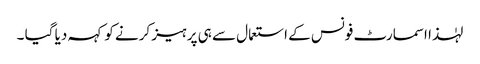
لہٰذا اسمارٹ فونس کے استعمال سے ہی پرہیز کرنے کو کہہ دیا گیا ۔